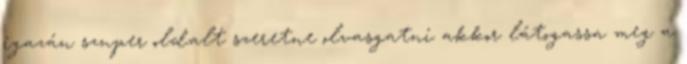
igazán szuper oldalt szeretne olvasgatni akkor látogassa meg a